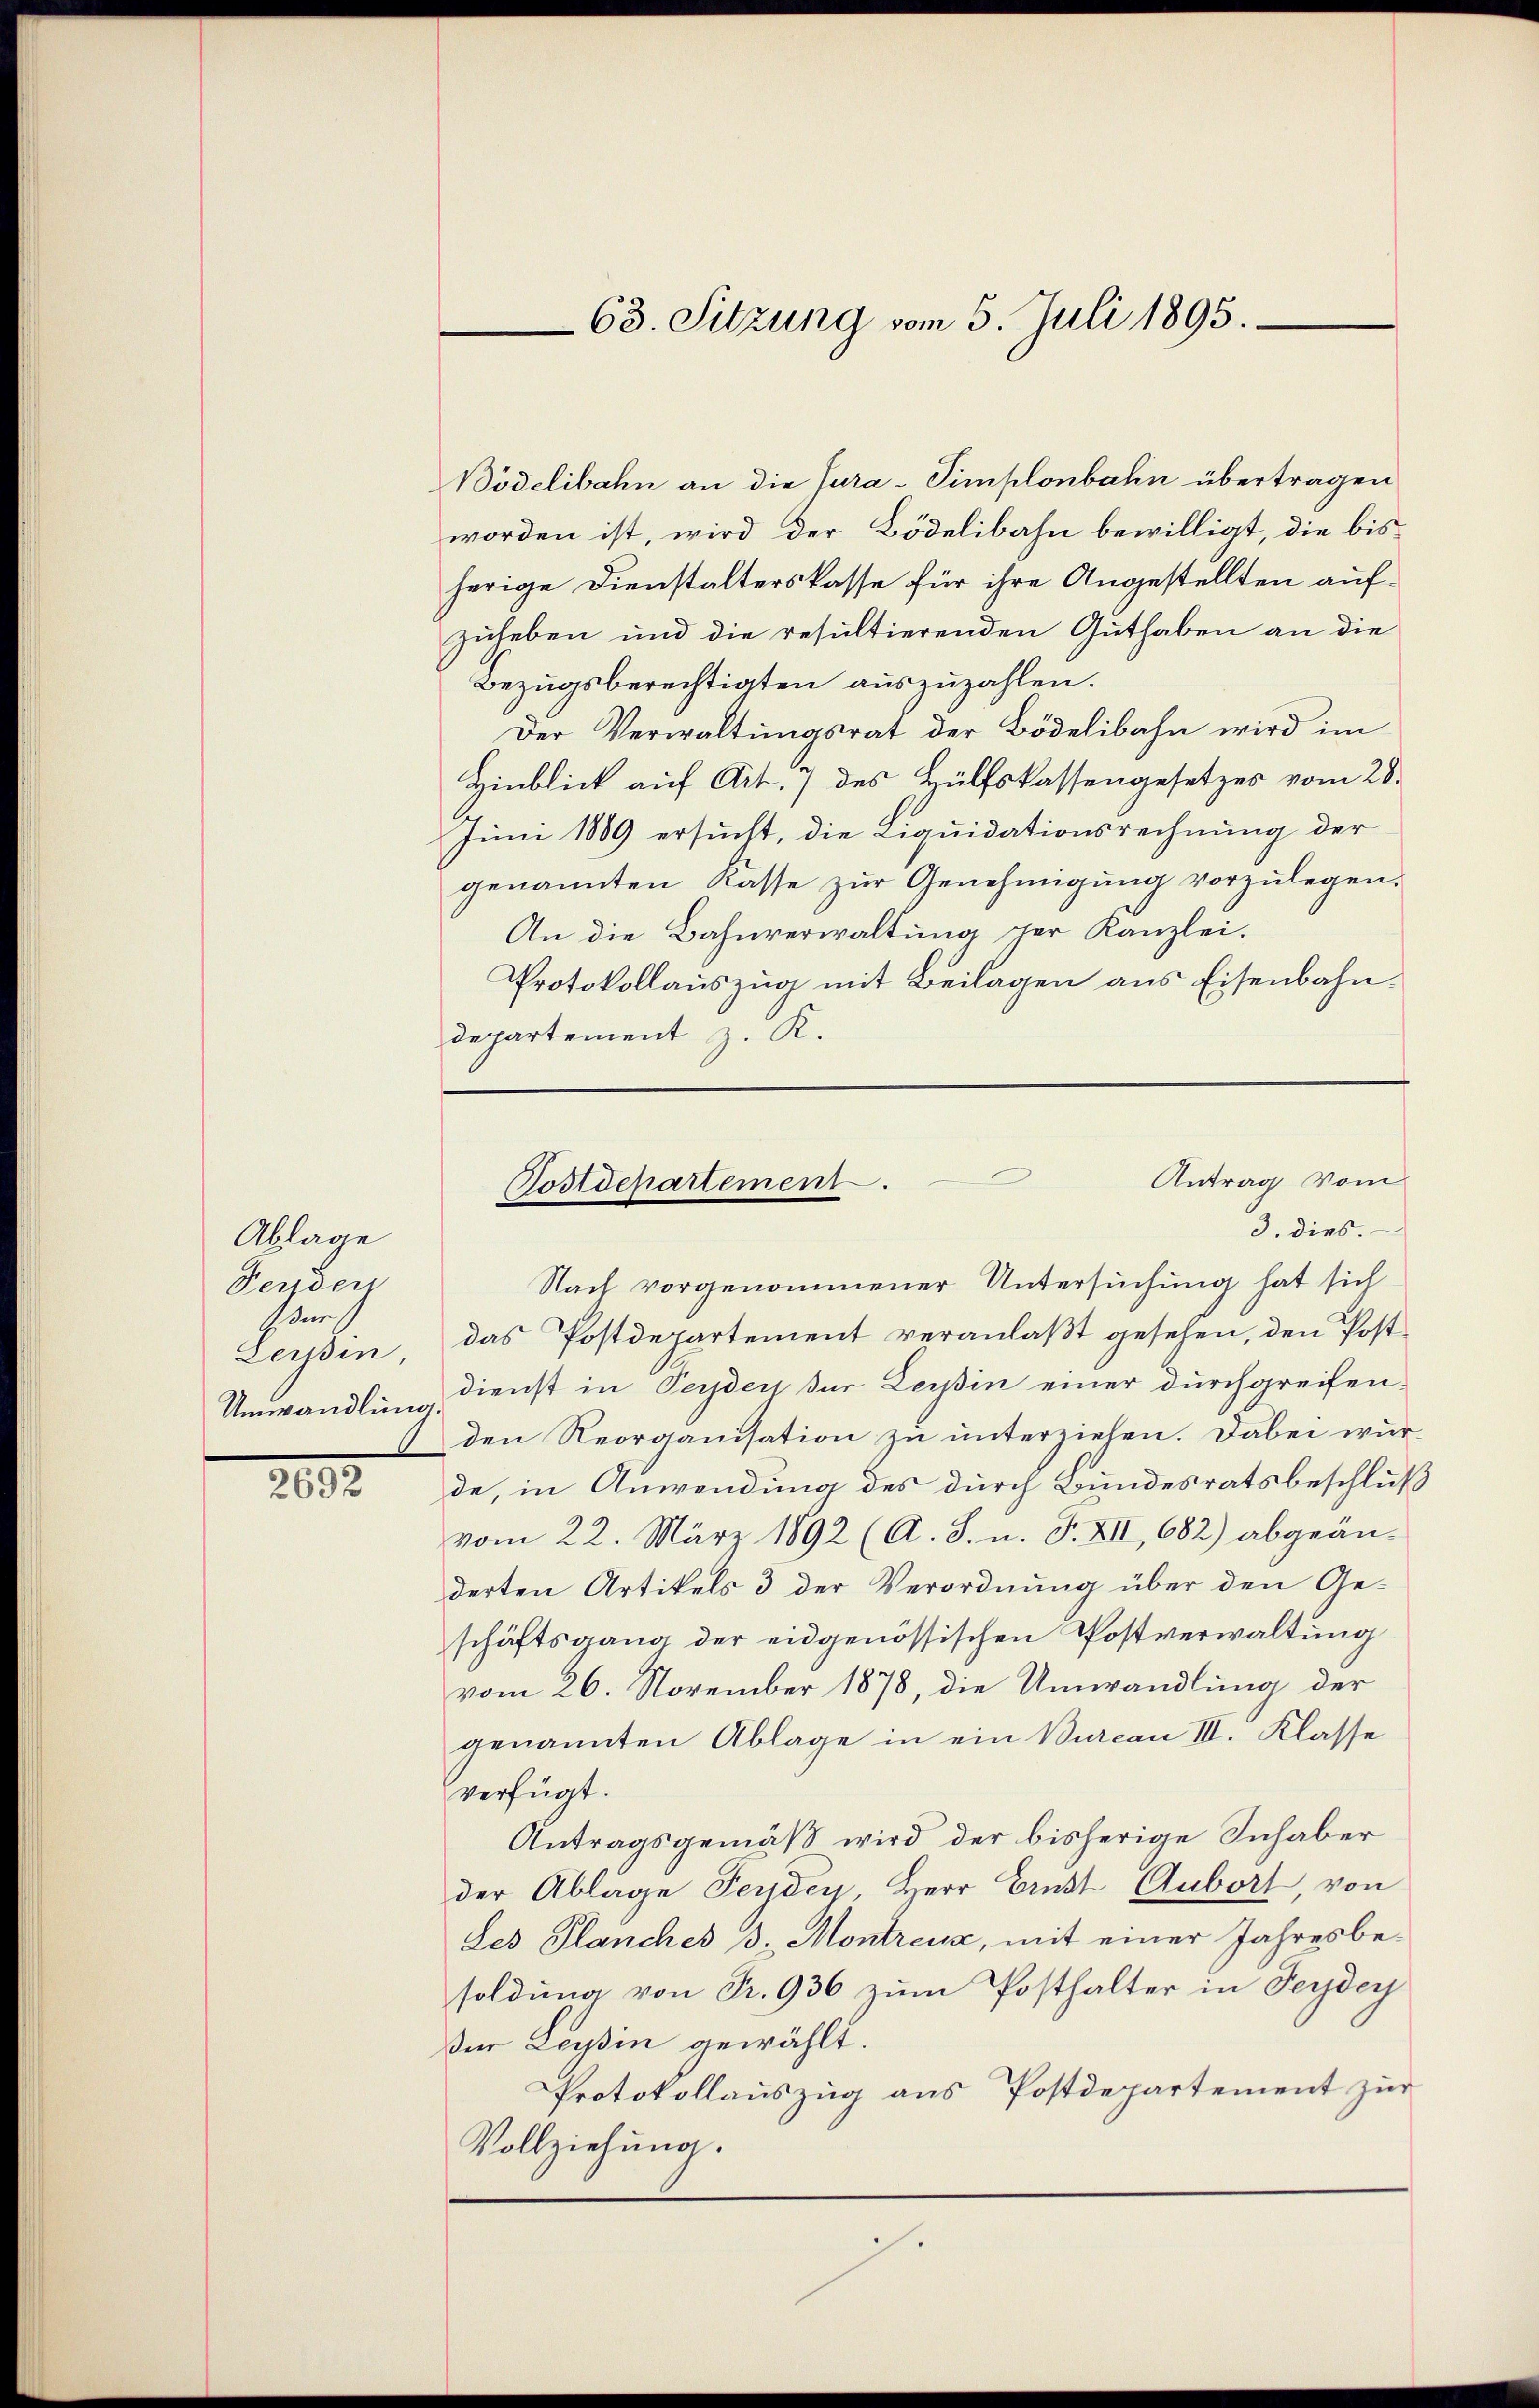
Ablage
Fenden
E der
Zeisin,
Umwandlung.

2032

Bödelibahn an die Cura-Simplonbahn übertragen
worden ist, wird der Bödelibahn bewilligt, die bisherige Dienstalterskasse für ihre Angestellten aufzuheben und die resultierenden Guthaben an die
Bezugsberechtigten auszuzahlen.
Der Verwaltungsrat der Bödelibahn wird im
Hinblick auf Art. 7 des Hülfskassengesetzes vom 28.
Juni 1889 ersucht, die Liquidationsrechnung der
genannten Kasse zŭr Genehmigŭng vorzŭlegen.
An die Bahnverwaltung der Kanzlei.
Protokollauszug mit Beilagen aus Eisenbahndepartement z. K.
Nach vorgenommener Untersuchung hat sich
das Postdepartement veranlaßt gesehen, den Postdienst in Perden der Leipin einer durchgreifenden Reorganisation zu unterziehen. Dabei würde, in Anwendung des durch Bundesratsbeschluß
vom 22. März 1892 (A. S. n. F. XII, 682) abgeänderten Artikels 3 der Verordnung über den Ge-
schäftsgang der eidgenössischen Postverwaltung
vom 26. November 1878, die Umwandlung der
genannten Ablage in ein Burcau III. Klasse
verfügt.
Antragsgemäß wird der bisherige Inhaber
der Ablage Feydey, Herr Ernst Aubort, von
Les Planches 3. Montreux, mit einer Jahresbe-
soldung von Fr. 936 zŭm Posthalter in Feydey
Der Leysin gewählt.
Protokollauszug aus Postdepartement zur
Vollziehung.

63. Sitzung vom 5. Juli 1895.

Antrag vom
Postdepartement.
3. dies.